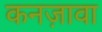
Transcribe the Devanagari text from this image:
कनज़ावा